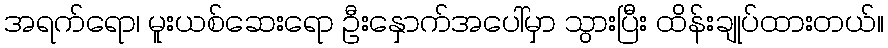
အရက်ရော၊ မူးယစ်ဆေးရော ဦးနှောက်အပေါ်မှာ သွားပြီး ထိန်းချုပ်ထားတယ်။